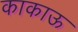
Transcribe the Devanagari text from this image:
काकाऊ